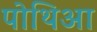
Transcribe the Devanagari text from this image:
पोथिआ